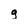
Character: g